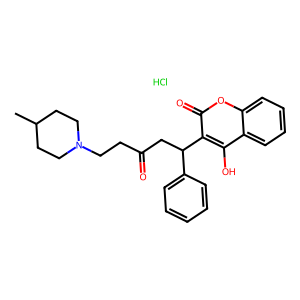
SMILES: CC1CCN(CCC(=O)CC(c2ccccc2)c2c(O)c3ccccc3oc2=O)CC1.Cl
Inhibits HIV replication: No